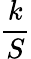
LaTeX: \frac{k}{S}